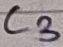
Text: C3